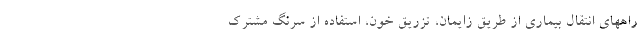
راههای انتقال بیماری از طریق زایمان، تزریق خون، استفاده از سرنگ مشترک